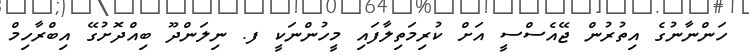
ހަންނާނުގެ އިތުރުން ޖޭއެސްސީ އަށް ކުރިމަތިލާފައި މީހުންނަކީ ފ. ނިލަންދޫ ބިއްދޮށުގޭ އިބްރާހިމް